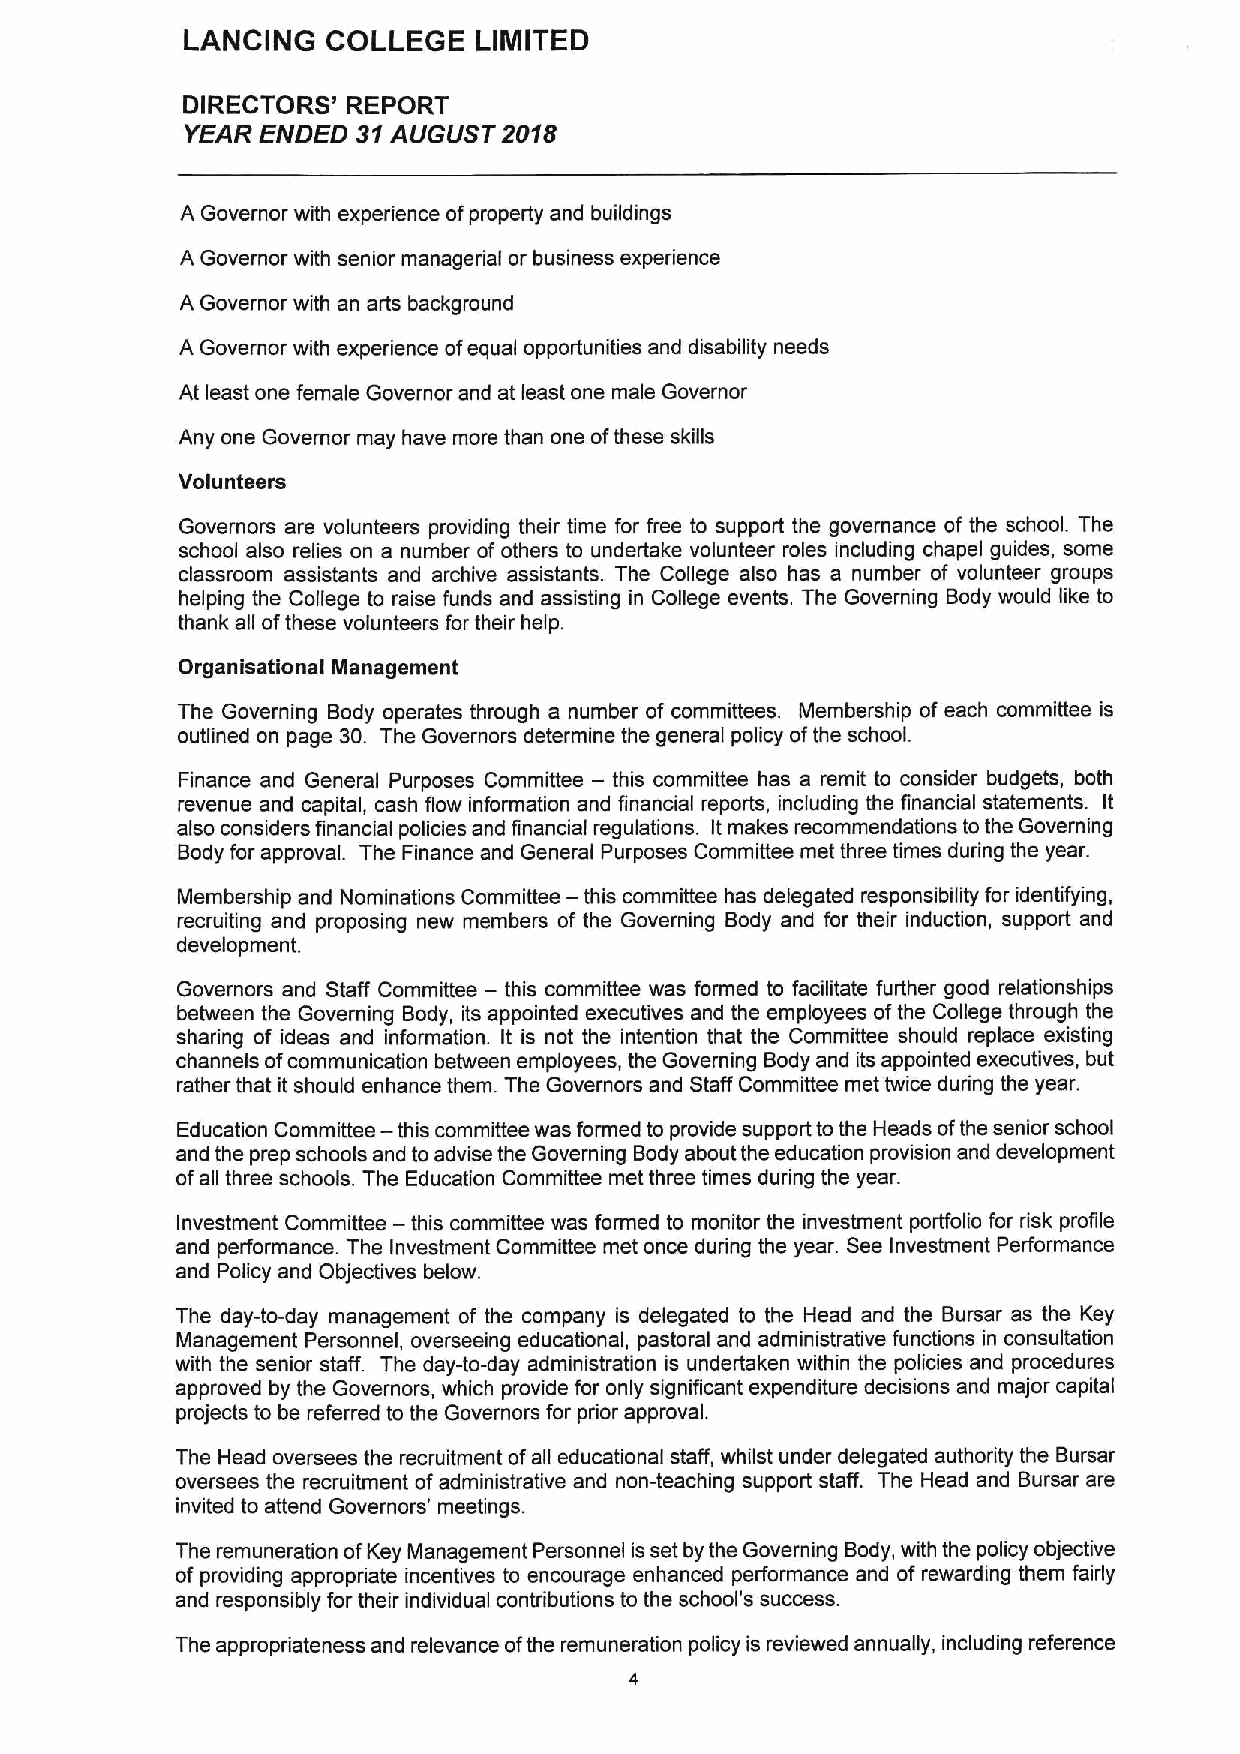
LANCING   COLLEGE  LIMITED
 DIRECTORS' REPORT
 YEAR ENDED  31AUGUST 2018
 A Governor with experience ofproperty and buildings
 A Governor with senior managerial or business experience
 A Governor with an arts background
 A Governor with experience ofequal opportunities and disability needs
 At least one female Governor and at least one male Governor
 Any one Governor may have more than one ofthese skills
 Volunteers
 Governors are volunteers providing their time for free to support the governance of the school. The
 school also relies on a number of others to undertake volunteer roles including chapel guides, some
 classroom assistants and archive assistants. The College also has a number of volunteer groups
 helping the College to raise funds and assisting in College events. The Governing Body would like to
 thank all ofthese volunteers for their help.
 Organisational Management
 The Governing Body operates through a number of committees. Membership of each committee is
 outlined on page 30. The Governors determine the general policy ofthe school.
 Finance and General Purposes Committee — this committee has a remit to consider budgets, both
 revenue and capital, cash flow information and financial reports, including the financial statements. It
 also considers financial policies and financial regulations. Itmakes recommendations to the Governing
 Body for approval. The Finance and General Purposes Committee met three times during the year.
 Membership and Nominations Committee — this committee has delegated responsibility for identifying,
 recruiting and proposing new members of the Governing Body and for their induction, support and
 development.
 —
 Governors and Staff Committee this committee was formed to facilitate further good relationships
 between the Governing Body, its appointed executives and the employees ofthe College through the
 sharing of ideas and information. It is not the intention that the Committee should replace existing
 channels ofcommunication between employees, the Governing Body and its appointed executives, but
 rather that it should enhance them. The Governors and Staff Committee met twice during the year.
 Education Committee — this committee was formed to provide support to the Heads ofthe senior school
 and the prep schools and to advise the Governing Body about the education provision and development
 ofall three schools. The Education Committee met three times during the year.
 Investment Committee — this committee was formed to monitor the investment porffolio for risk profile
 and performance. The Investment Committee met once during the year. See Investment Performance
 and Policy and Objectives below.
 The day-to-day management of the company is delegated to the Head and the Bursar as the Key
 Management Personnel, overseeing educational, pastoral and administrative functions in consultation
 with the senior staff. The day-to-day administration is undertaken within the policies and procedures
 approved by the Governors, which provide for only significant expenditure decisions and major capital
 projects to be referred to the Governors for prior approval.
 The Head oversees the recruitment ofall educational staff, whilst under delegated authority the Bursar
 oversees the recruitment ofadministrative and non-teaching support staff. The Head and Bursar are
 invited to attend Governors' meetings.
 The remuneration ofKey Management Personnel is set by the Governing Body, with the policy objective
 of providing appropriate incentives to encourage enhanced performance and of rewarding them fairly
 and responsibly for their individual contributions to the school's success.
 The appropriateness and relevance ofthe remuneration policy is reviewed annually, including reference